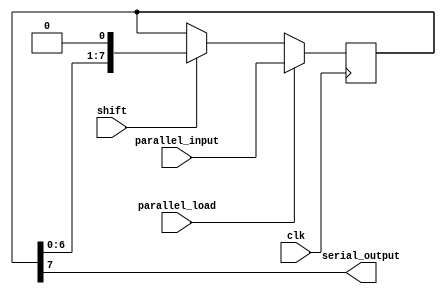
module parallel_in_serial_out_register(
    input wire clk,
    input wire parallel_load,
    input wire shift,
    input wire [7:0] parallel_input,
    output reg serial_output
);

reg [7:0] data_reg;

always @(posedge clk) begin
    if(parallel_load) begin
        data_reg <= parallel_input;
    end else if(shift) begin
        data_reg <= {data_reg[6:0], 1'b0};
    end
end

assign serial_output = data_reg[7];

endmodule